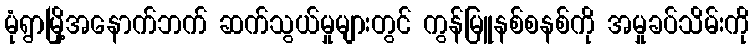
မုံရွာမြို့အနောက်ဘက် ဆက်သွယ်မှုများတွင် ကွန်မြူနစ်စနစ်ကို အမှုခပ်သိမ်းကို